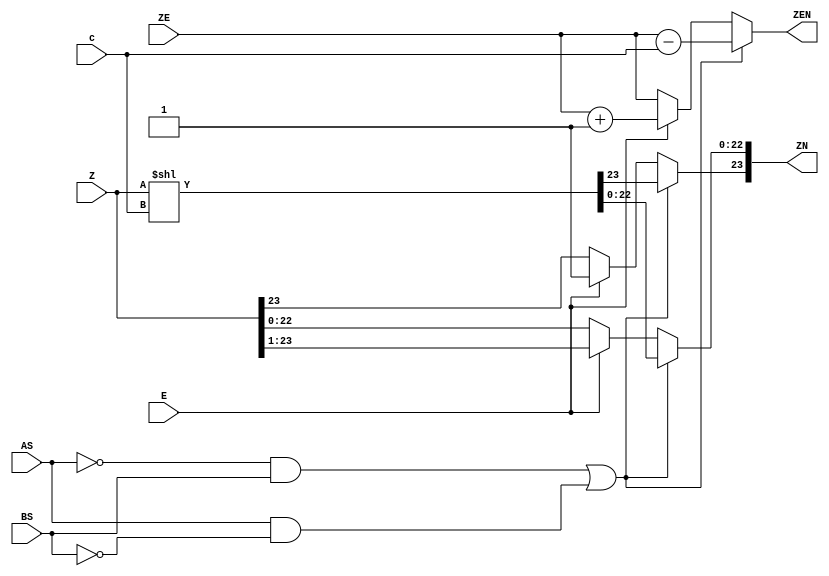
`timescale 1ns / 1ps
//////////////////////////////////////////////////////////////////////////////////
// Company: 
// Engineer: 
// 
// Design Name: 
// Module Name:    barrelshifter 
// Project Name: 
// Target Devices: 
// Tool versions: 
// Description: 
//
// Dependencies: 
//
// Revision: 
// Revision 0.01 - File Created
// Additional Comments: 
//
//////////////////////////////////////////////////////////////////////////////////
module barrelshifter_1(
    input [23:0] Z,
	 input [7:0] ZE,
	 input [4:0] c,
	 input E,AS,BS,
    output reg [23:0] ZN,
	 output reg [7:0] ZEN
    );
	 parameter N=3'b0;
always @(Z,AS,BS,ZE,c,E) begin
if ((AS==0 && BS==1) || (AS==1 && BS==0)) begin
if (E==0) begin
ZN<=Z<<c;
ZEN<=ZE-{N,c};
end
else begin
ZN<=Z<<c;
ZEN<=ZE-{N,c};
end
end
else begin
if (E==1) begin
ZN<=Z>>1;
ZN[23]<=E;
ZEN<=ZE+8'b1;
end
else begin
ZN<=Z;
ZEN<=ZE;
end
end
end
endmodule